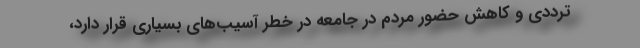
ترددی و کاهش حضور مردم در جامعه در خطر آسیب‌های بسیاری قرار دارد،